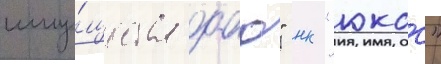
иму́щества оао" нк "юкос"